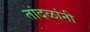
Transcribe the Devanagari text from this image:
तांदळांनी